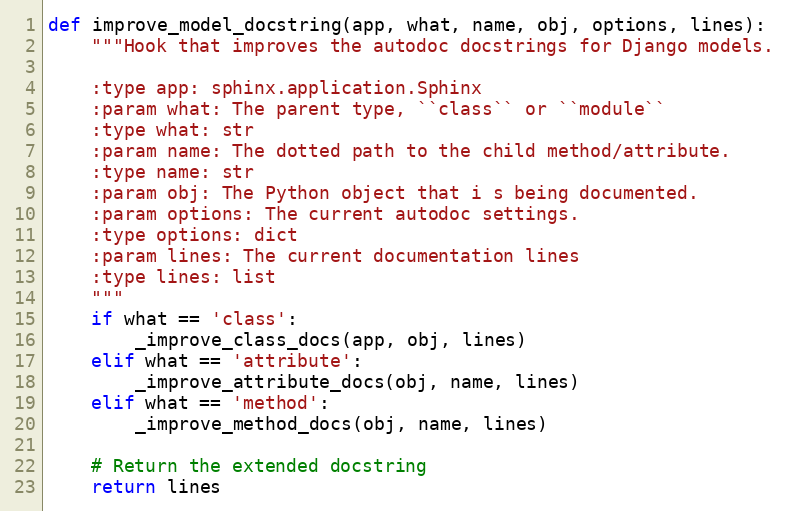
Language: Python
def improve_model_docstring(app, what, name, obj, options, lines):
    """Hook that improves the autodoc docstrings for Django models.

    :type app: sphinx.application.Sphinx
    :param what: The parent type, ``class`` or ``module``
    :type what: str
    :param name: The dotted path to the child method/attribute.
    :type name: str
    :param obj: The Python object that i s being documented.
    :param options: The current autodoc settings.
    :type options: dict
    :param lines: The current documentation lines
    :type lines: list
    """
    if what == 'class':
        _improve_class_docs(app, obj, lines)
    elif what == 'attribute':
        _improve_attribute_docs(obj, name, lines)
    elif what == 'method':
        _improve_method_docs(obj, name, lines)

    # Return the extended docstring
    return lines